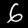
Label: 6